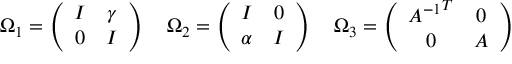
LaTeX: \Omega _ { 1 } = \left( \begin{array} { c c } { { I } } & { { \gamma } } \\ { { 0 } } & { { I } } \end{array} \right) \quad \Omega _ { 2 } = \left( \begin{array} { c c } { { I } } & { { 0 } } \\ { { \alpha } } & { { I } } \end{array} \right) \quad \Omega _ { 3 } = \left( \begin{array} { c c } { { { A ^ { - 1 } } ^ { T } } } & { { 0 } } \\ { { 0 } } & { { A } } \end{array} \right)